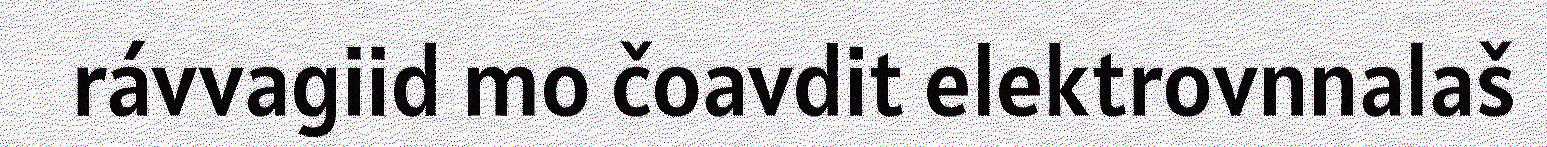
rávvagiid mo čoavdit elektrovnnalaš